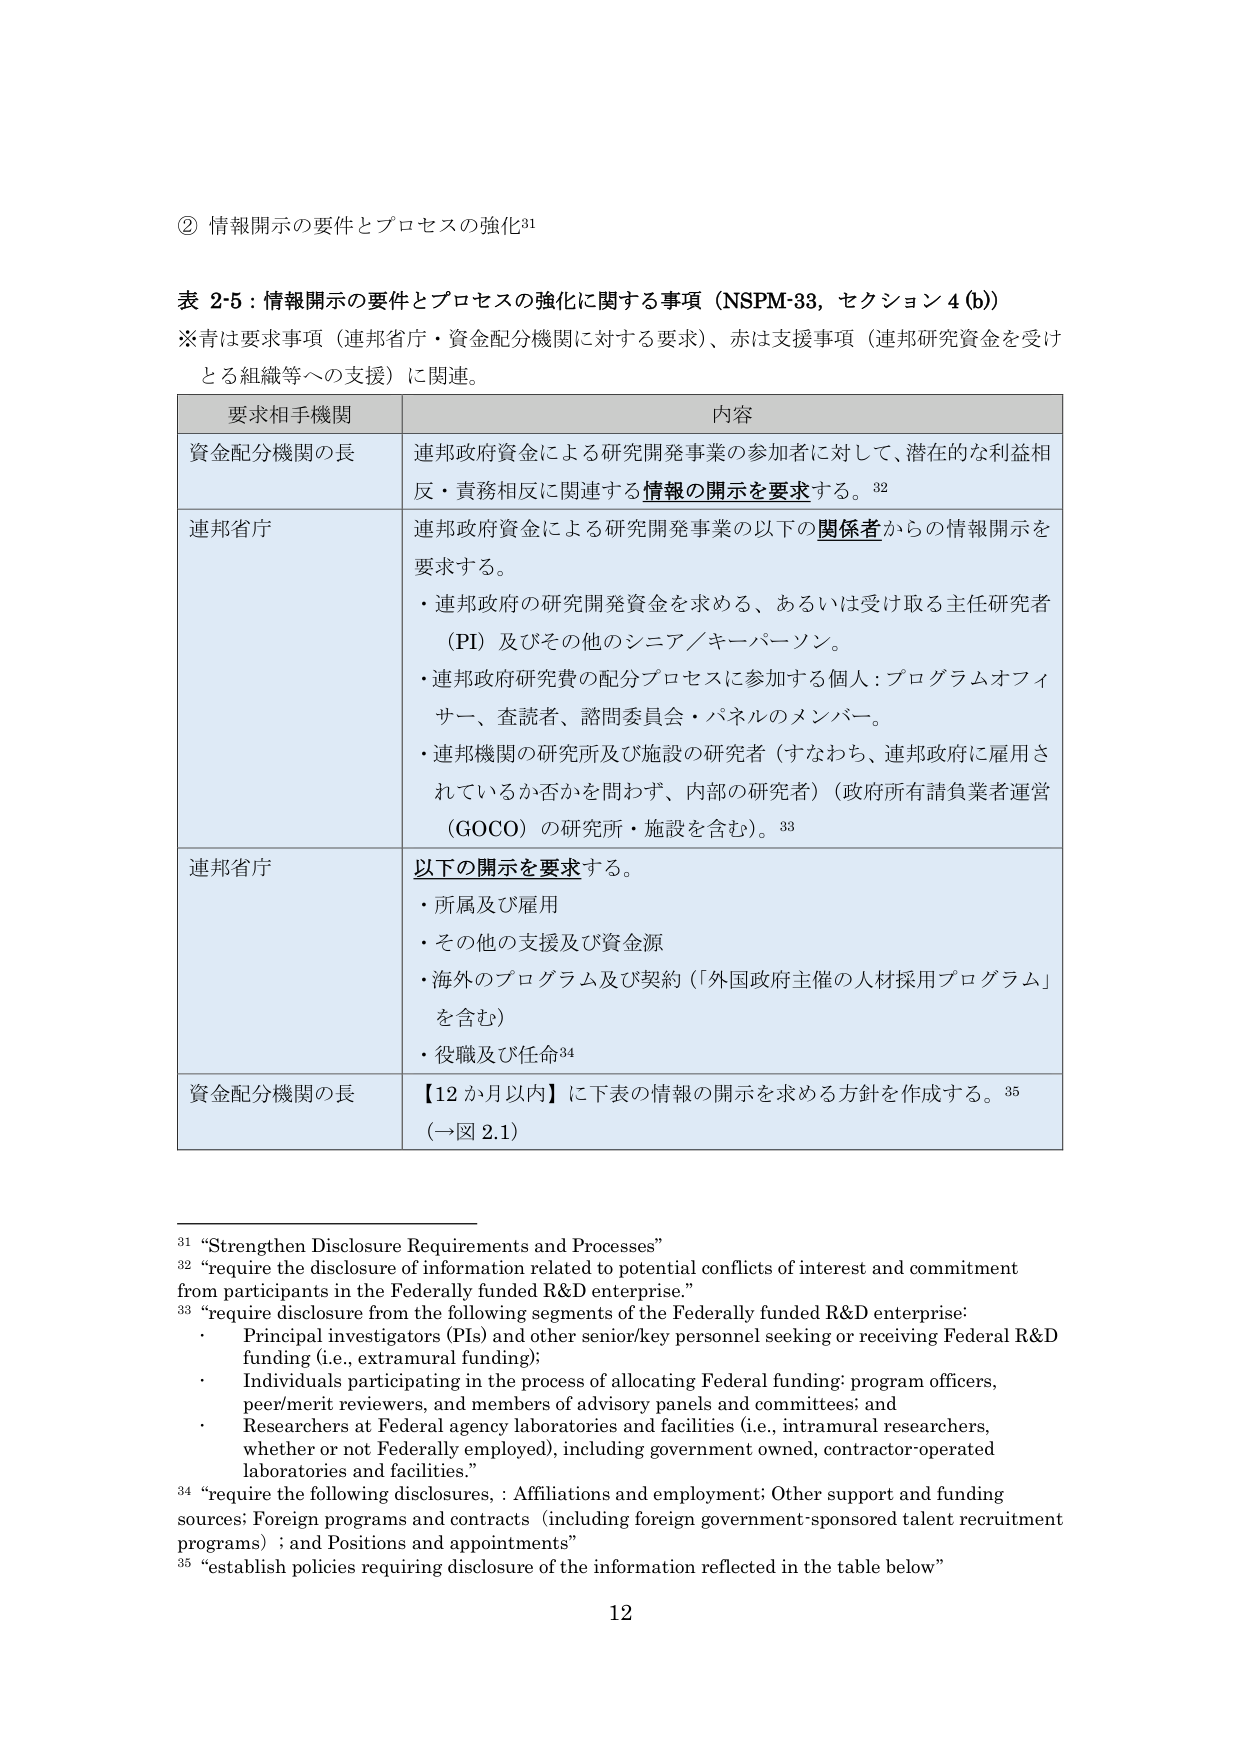
② 情報開示の要件とプロセスの強化³¹

表 2-5：情報開示の要件とプロセスの強化に関する事項（NSPM-33，セクション 4 (b)）
※青は要求事項（連邦省庁・資金配分機関に対する要求）、赤は支援事項（連邦研究資金を受け
とる組織等への支援）に関連。

| 要求相手機関 | 内容 |
|--------------|------|
| 資金配分機関の長 | 連邦政府資金による研究開発事業の参加者に対して、潜在的な利益相<br>反・責務相反に関連する情報の開示を要求する。³² |
| 連邦省庁 | 連邦政府資金による研究開発事業の以下の関係者からの情報開示を<br>要求する。<br>・連邦政府の研究開発資金を求める、あるいは受け取る主任研究者<br>（PI）及びその他のシニア／キーパーソン。<br>・連邦政府研究費の配分プロセスに参加する個人：プログラムオフィ<br>サー、査読者、諮問委員会・パネルのメンバー。<br>・連邦機関の研究所及び施設の研究者（すなわち、連邦政府に雇用さ<br>れているか否かを問わず、内部の研究者）（政府所有請負業者運営<br>（GOCO）の研究所・施設を含む）。³³ |
| 連邦省庁 | 以下の開示を要求する。<br>・所属及び雇用<br>・その他の支援及び資金源<br>・海外のプログラム及び契約（「外国政府主催の人材採用プログラム」<br>を含む）<br>・役職及び任命³⁴ |
| 資金配分機関の長 | 【12 か月以内】に下表の情報の開示を求める方針を作成する。³⁵<br>（→図 2.1） |

³¹ “Strengthen Disclosure Requirements and Processes”
³² “require the disclosure of information related to potential conflicts of interest and commitment from participants in the Federally funded R&D enterprise.”
³³ “require disclosure from the following segments of the Federally funded R&D enterprise:<br>・ Principal investigators (PIs) and other senior/key personnel seeking or receiving Federal R&D funding (i.e., extramural funding);<br>・ Individuals participating in the process of allocating Federal funding: program officers, peer/merit reviewers, and members of advisory panels and committees; and<br>・ Researchers at Federal agency laboratories and facilities (i.e., intramural researchers, whether or not Federally employed), including government owned, contractor-operated laboratories and facilities.”
³⁴ “require the following disclosures, : Affiliations and employment; Other support and funding sources; Foreign programs and contracts (including foreign government-sponsored talent recruitment programs) ; and Positions and appointments”
³⁵ “establish policies requiring disclosure of the information reflected in the table below”

12